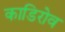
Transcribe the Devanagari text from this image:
काडिरोव